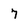
Character: 7